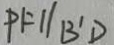
P F / / B ^ { \prime } D